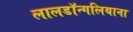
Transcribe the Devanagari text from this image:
लालडॉन्गलियाना